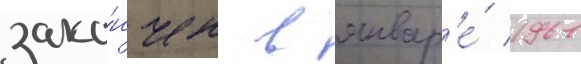
зако́нчен в январ'е́ 1961